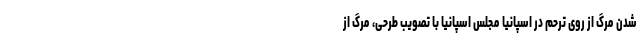
شدن مرگ از روی ترحم در اسپانیا مجلس اسپانیا با تصویب طرحی، مرگ از